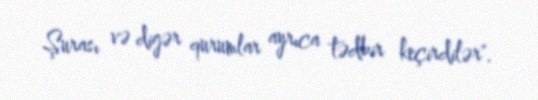
Şurası və digər qurumlar ayrıca tədbir keçirdilər".